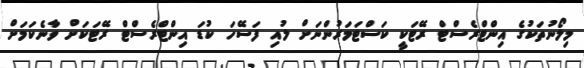
މިލޯނުތަކުގެ އިންޓްރެސްޓް ރޭޓަކީ ކަސްޓަމަރުންނަށް ލުއި ފަސޭހަ ކުޑަ އިންޓްރެސްޓް ރޭޓަކަށް ވާނެކަމަށް